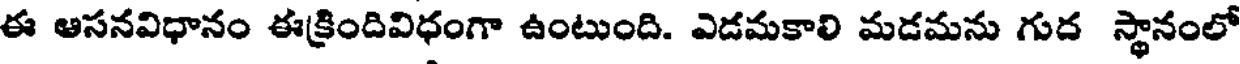
ఈ ఆసనవిధానం ఈక్రిందివిధంగా ఉంటుంది. ఎడమకాలి మడమను గుద స్థానంలో